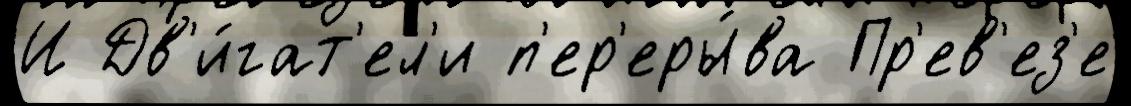
И Дв'и́гат'ел'и п'ер'еры́ва Пр'ев'ез'е